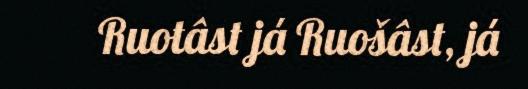
Ruotâst já Ruošâst, já